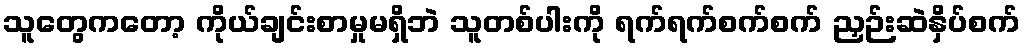
သူတွေကတော့ ကိုယ်ချင်းစာမှုမရှိဘဲ သူတစ်ပါးကို ရက်ရက်စက်စက် ညှဉ်းဆဲနှိပ်စက်